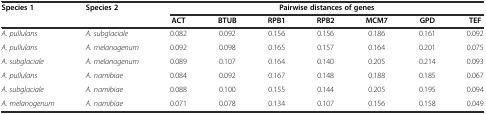
| Species 1 | Species 2 | <COLSPAN=7> Pairwise distances of genes |
 |  |  | ACT | BTUB | RPB1 | RPB2 | MCM7 | GPD | TEF |
 | --- | --- | --- | --- | --- | --- | --- | --- | --- |
 | A. pullulans | A. subglaciale | 0.082 | 0.092 | 0.156 | 0.156 | 0.186 | 0.161 | 0.092 |
 | A. pullulans | A. melanogenum | 0.092 | 0.098 | 0.165 | 0.157 | 0.164 | 0.201 | 0.075 |
 | A. subglaciale | A. melanogenum | 0.089 | 0.107 | 0.164 | 0.140 | 0.205 | 0.214 | 0.093 |
 | A. pullulans | A. namibiae | 0.084 | 0.092 | 0.167 | 0.148 | 0.188 | 0.185 | 0.067 |
 | A. subglaciale | A. namibiae | 0.088 | 0.100 | 0.155 | 0.144 | 0.205 | 0.195 | 0.094 |
 | A. melanogenum | A. namibiae | 0.071 | 0.078 | 0.134 | 0.107 | 0.156 | 0.158 | 0.049 |